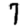
Digit: 7